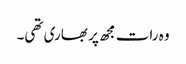
وہ رات مجھ پر بھاری تھی۔